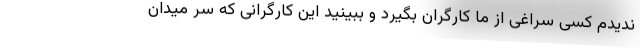
ندیدم کسی سراغی از ما کارگران بگیرد و ببینید این کارگرانی که سر میدان